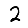
Digit: 2